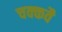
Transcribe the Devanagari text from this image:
चक्‍कवै